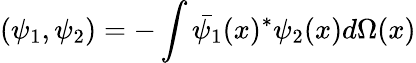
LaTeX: (\psi_{1},\psi_{2})=-\int\bar{\psi_{1}}(x)^{*}\psi_{2}(x)d\Omega(x)